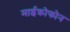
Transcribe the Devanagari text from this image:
माईक्रोफोन